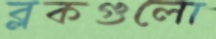
ব্লকগুলো